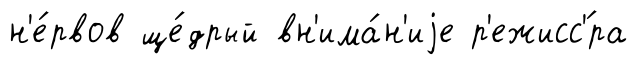
н'е́рвов ще́дрый вн'има́н'иjе р'ежисс'́ра